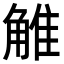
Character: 𧣽